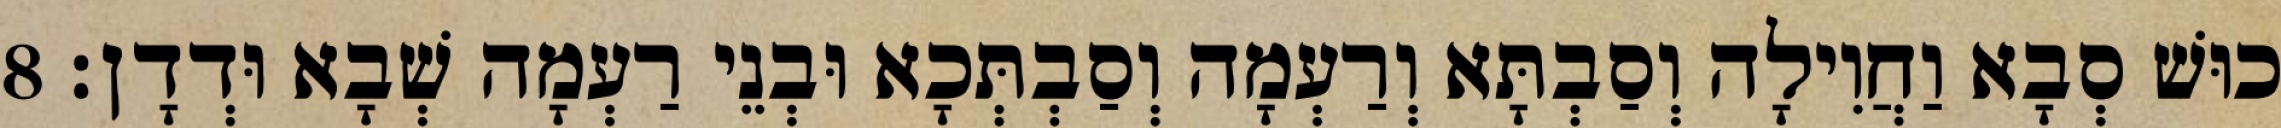
כוּשׁ סְבָא וַחֲוִילָה וְסַבְתָּא וְרַעְמָה וְסַבְתְּכָא וּבְנֵי רַעְמָה שְׁבָא וּדְדָן׃ 8